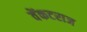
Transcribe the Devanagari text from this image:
वेंकटराज